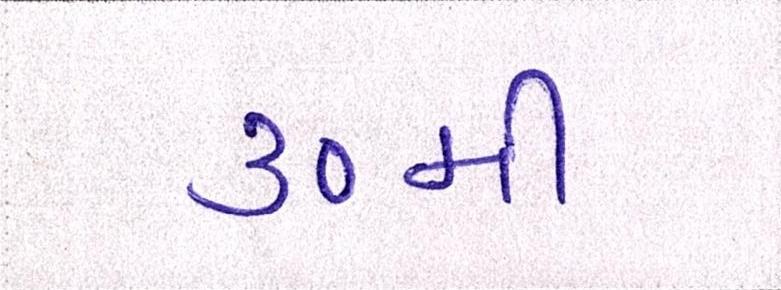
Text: ૩૦મી